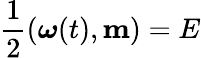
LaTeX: \frac 12(\boldsymbol{\omega}(t),{\mathbf m})=E